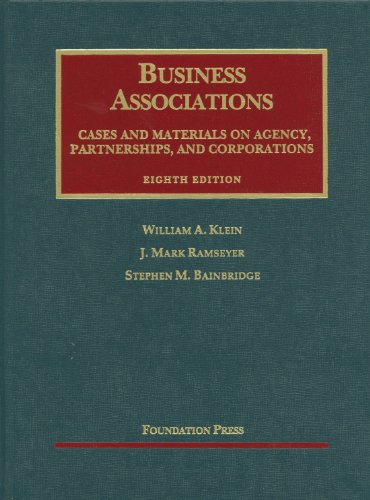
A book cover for Business Associations, Cases and Materials on Agency, Partnerships, and Corporations (University Casebook Series); William Klein; Law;